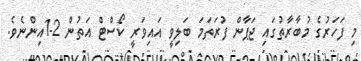
މި ފަހަރުގެ މުބާރާތުގައި ޖަޕާން ފުރަތަމަ ބަލިވީ އައިވަރީ ކޯސްޓް އަތުން 2-1އިންނެވެ.